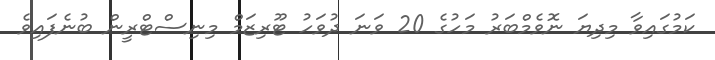
ކަމުގައިވާ މިދިޔަ ނޮވެމްބަރު މަހުގެ 20 ވަނަ ދުވަހު ޓޫރިޒަމް މިނިސްޓްރީން ބުނެފައިވެ